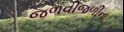
જળવીજળીના